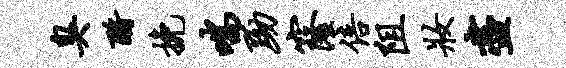
臭酹挽喘黝窿倍阻妆尽